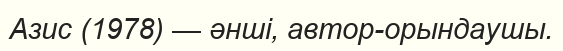
Азис (1978) — әнші, автор-орындаушы.